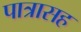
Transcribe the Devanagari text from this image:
पात्रासह